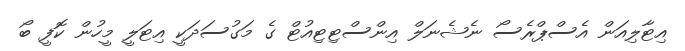
އިޓާލިއަން އެސްޕްރެސޯ ނެޝެނަލް އިންސްޓިޓިއުޓް ގެ މަގުސަދަކީ އިޓަލީ މީހުން ކޮފީ ބޯ